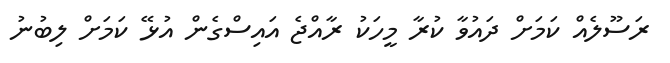
ރަސޫލެއް ކަމަށް ދައުވާ ކުރާ މީހަކު ރާއްޖެ އައިސްގެން އުޅޭ ކަމަށް ލިބުނު